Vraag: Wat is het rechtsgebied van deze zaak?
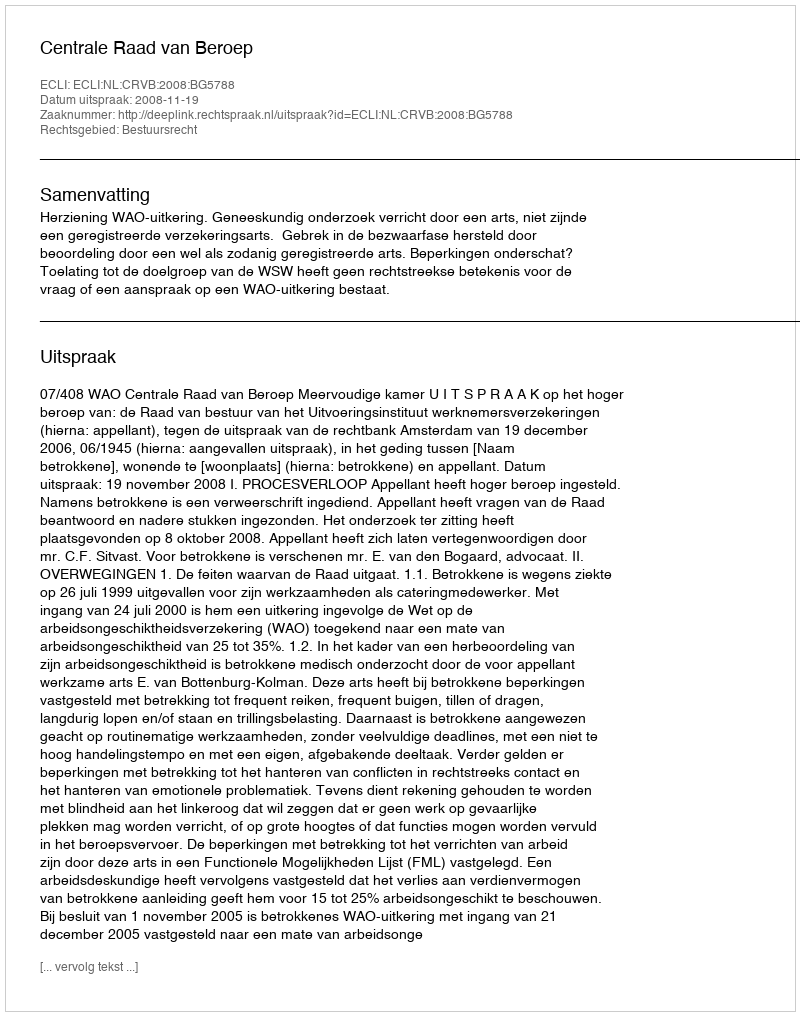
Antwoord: Bestuursrecht